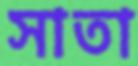
সাতা